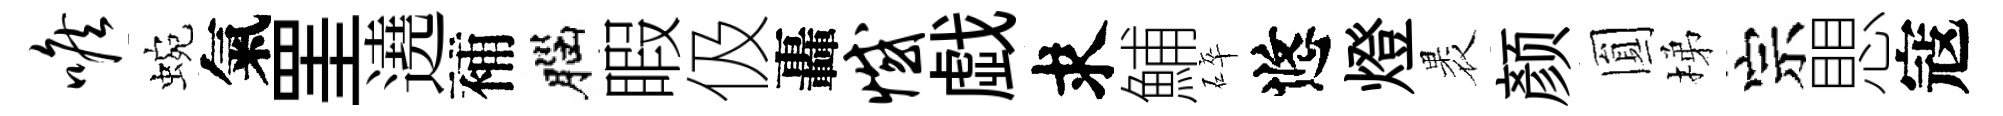
喉蜿氣罣遶補腦睱伋轟憾戯求鯆碎悠燈褁颜圎梯宗愳寇